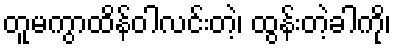
တူမကွာထိန်ဝါလင်းတဲ့၊ ထွန်းတဲ့ခါကို၊